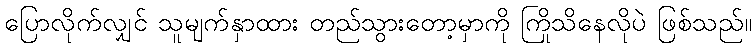
ပြောလိုက်လျှင် သူမျက်နှာထား တည်သွားတော့မှာကို ကြိုသိနေလိုပဲ ဖြစ်သည်။